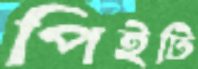
পিইটি